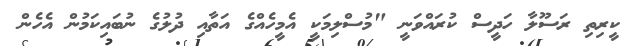
ކީރިތި ރަސޫލާ ހަދީސް ކުރައްވަނީ "މުސްލިމަކީ އެމީހެއްގެ އަތާއި ދުލުގެ ނުބައިކަމުން އެހެން